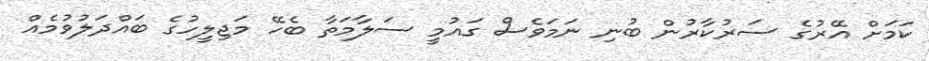
ކަމަށް އޭރުގެ ސަރުކާރުން ބުނި ނަމަވެސް ގައުމީ ސަލާމަތާ ބެހޭ މަޖިލީހުގެ ބައްދަލުވުމެއް